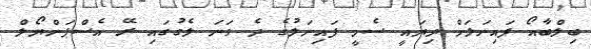
ބިލްބާއޯ ފައިނަލަށް ދިޔައީ ސެމީ ފައިނަލުގެ ދެ ވަނަ ލެގުގައި ރޭ އެސްޕަންޔޯލް